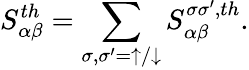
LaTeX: {S_{\alpha\beta}^{th}=\sum_{\sigma,\sigma^{\prime}=\uparrow/\downarrow}S_{\alpha\beta}^{\sigma\sigma^{\prime},th}}.